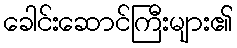
ခေါင်းဆောင်ကြီးများ၏